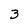
Character: 3